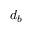
d _ { b }